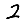
Digit: 2